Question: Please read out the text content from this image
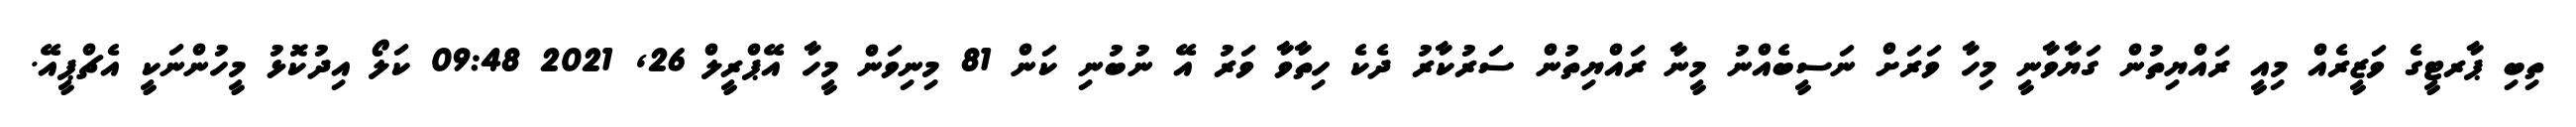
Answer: ތިބި ޕާރޓީގެ ވަޒީރެއް މިއީ ރައްޔިތުން ގަޔާވާނީ މިހާ ވަރަށް ނަސީބެއްނު މީނާ ރައްޔިތުން ސަރުކާރު ދެކެ ހިތާވާ ވަރު އޭ ނުބުނި ކަން 81 މިނިވަން މީހާ އޭޕްރީލް 26, 2021 09:48 ކަލޯ އިދުކޮޅު މީހުންނަކީ އެޗްޕީއޭ.